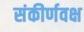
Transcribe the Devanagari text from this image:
संकीर्णवक्ष